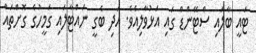
ޓައީ ބާލައި ސްޓޭންޑް ގައި އަޅުވާލިއެވެ. އަދި ބެގީ ނައްޓާލައި ގަމީހުގެ ގޮށްތައް